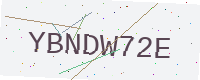
Text: YBNDW72E